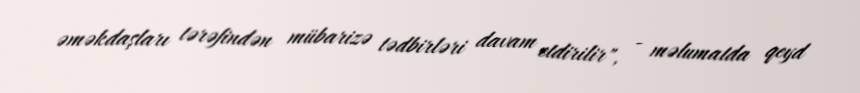
əməkdaşları tərəfindən mübarizə tədbirləri davam etdirilir", - məlumatda qeyd